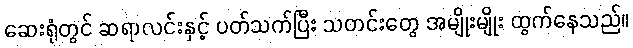
ဆေးရုံတွင် ဆရာလင်းနှင့် ပတ်သက်ပြီး သတင်းတွေ အမျိုးမျိုး ထွက်နေသည်။